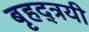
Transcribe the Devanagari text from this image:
बृहद्त्रयी